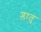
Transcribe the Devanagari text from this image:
प्लातु